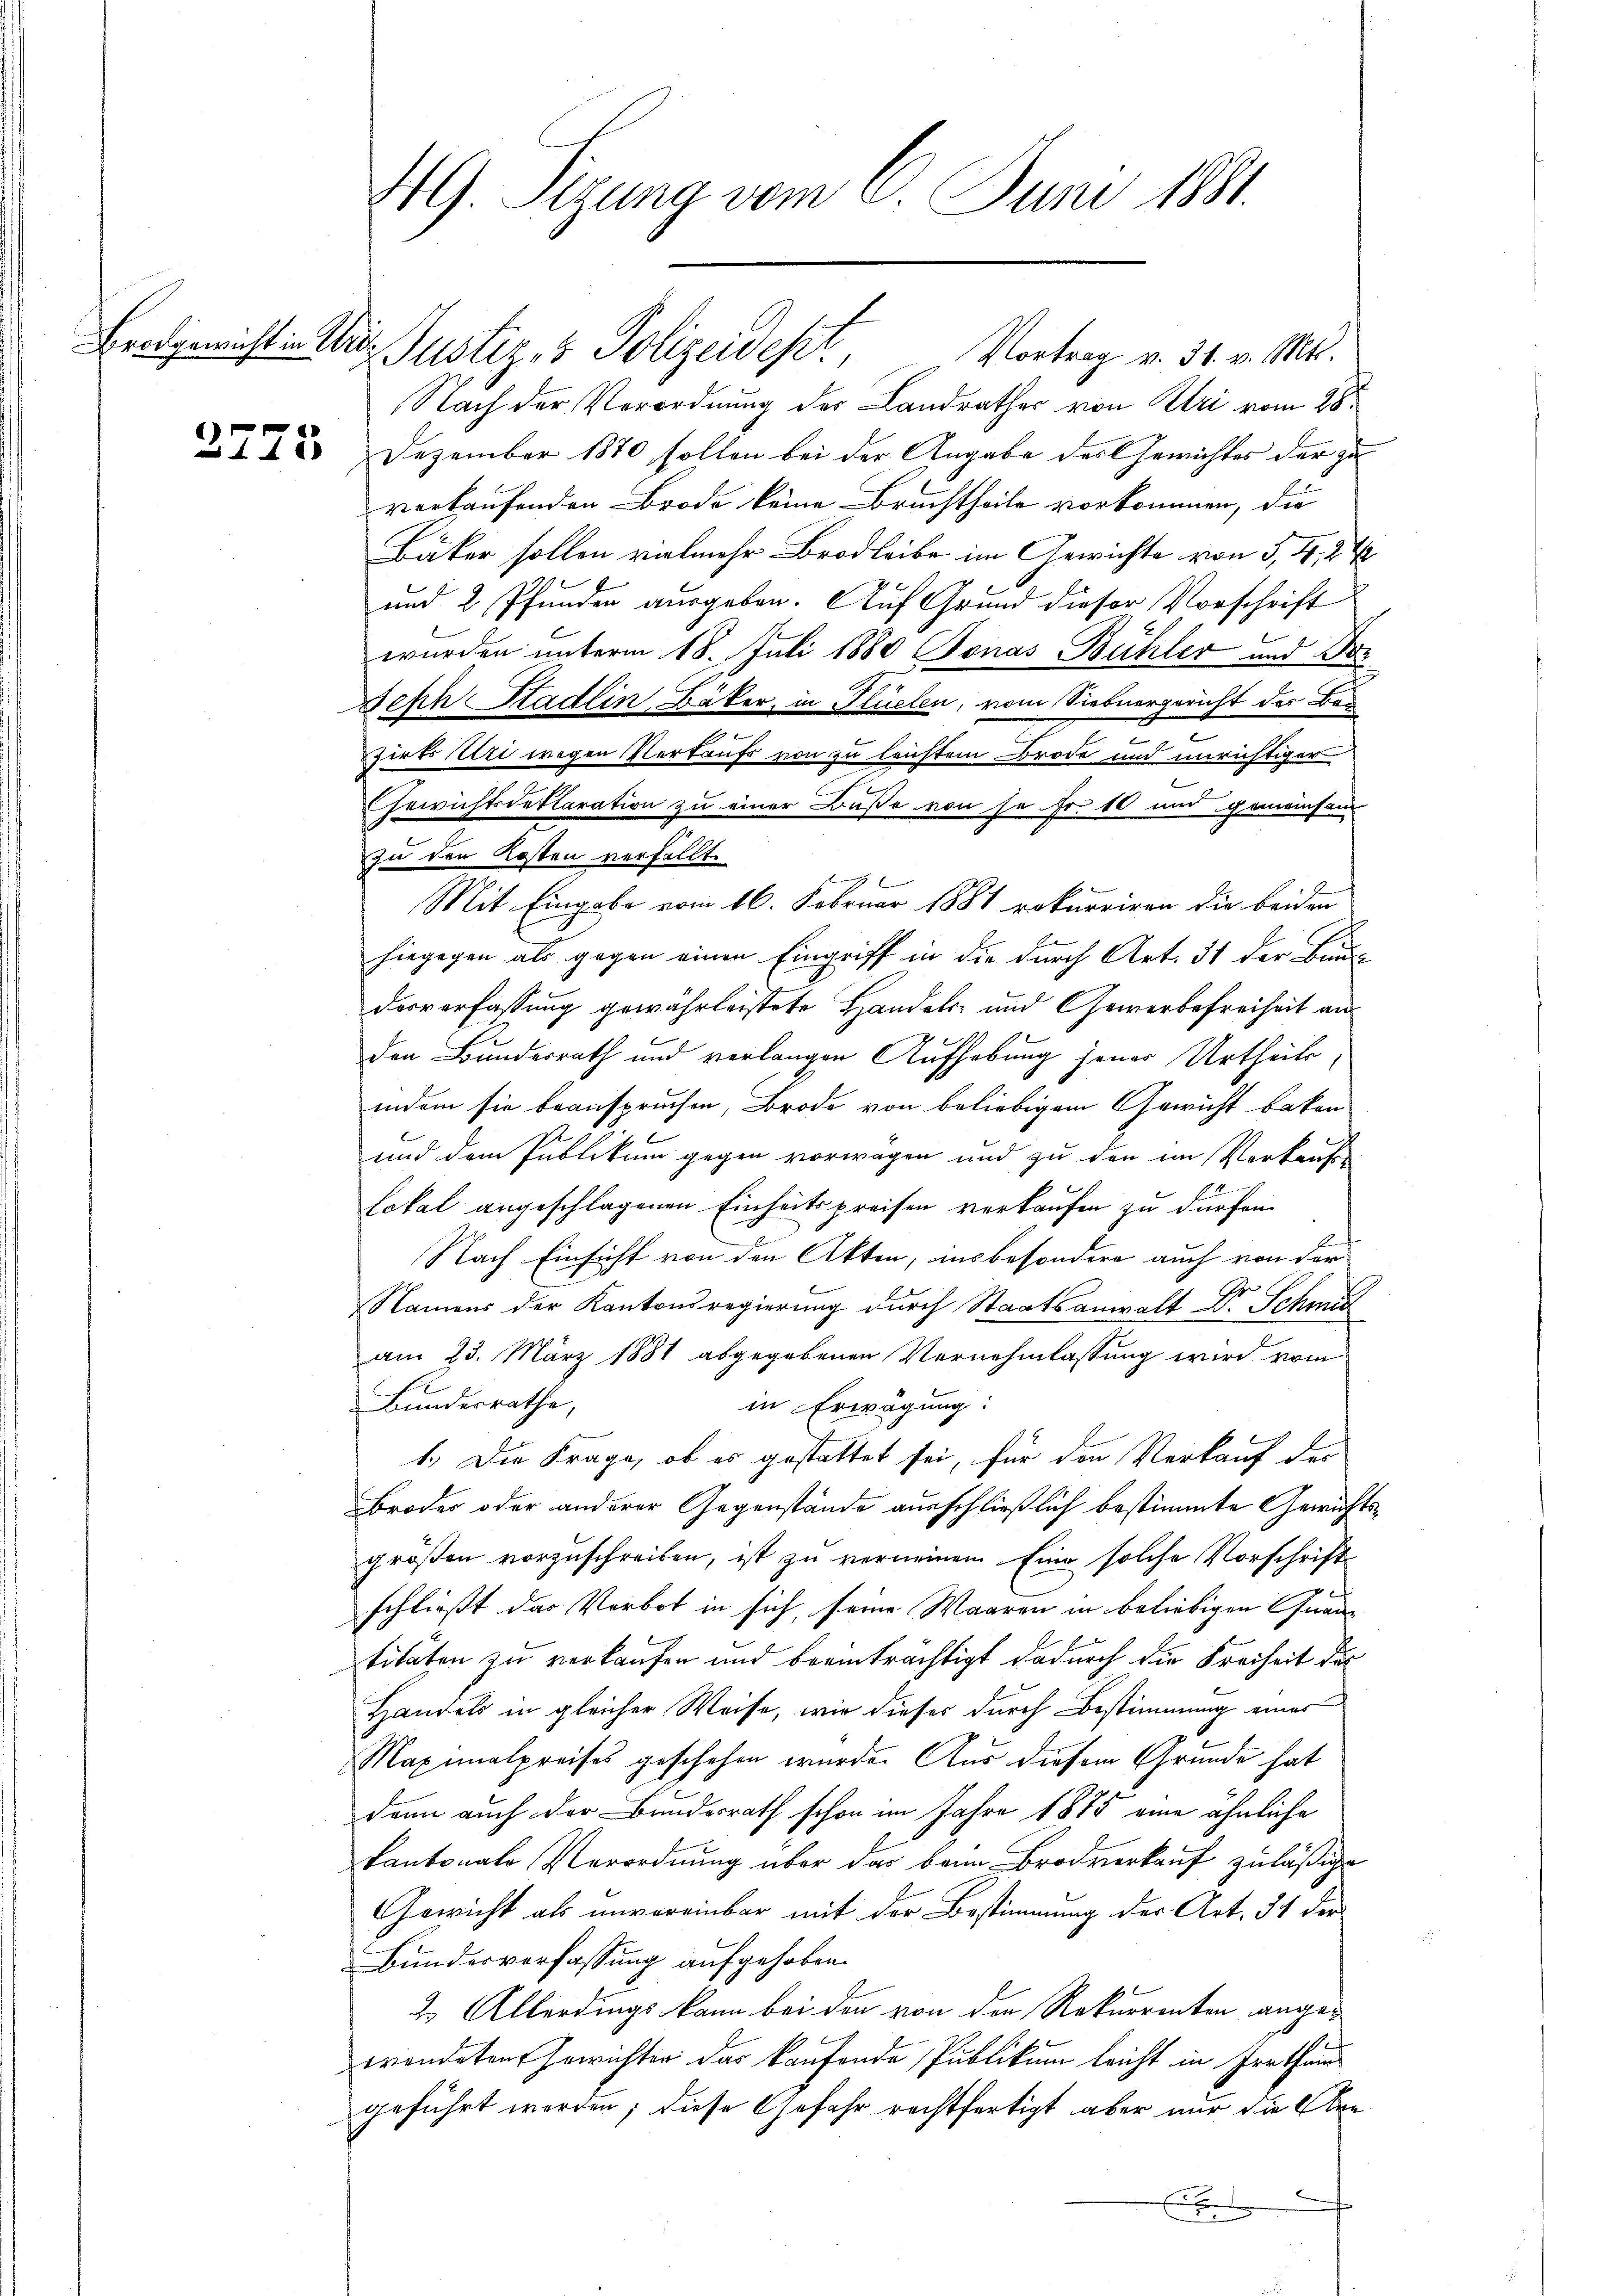
Brodgewicht in Urd¬

2775

49 Sizung vom 6. Juni 1881.

Justiz- & Polizeidest. Vortrag v. 31. v. Mts.
Nach der Verordnung des Landrathes von Uri vom 28.
Dezember 1870 sollen bei der Angabe des Gewichtes der zu
verkaufenden Brode keine Bruchtheile vorkommen, die
Bäker sollen vielmehr Brodleibe im Gewichte von 3, 4, 24
und 2 Pfunden ausgeben. Auf Grund dieser Vorschrift
wurden unterm 18. Juli 1880 Bonas Bühler und Boz
Seph Stadlin, Bäker, in Plüelen, vom Siebnergericht der Bes
.

Zirts Uri wegen Verkaufs von zu leichtem Brode und unrichtiger
.
Gewichtsdeklaration zu einer Buße von se. Fr. 10 und gemeinsam
zu den Kosten verfällt.
f
Mit Eingabe vom 16. Februar 1881 rekurriren die beiden
hiegegen als gegen einen Eingriff in die durch Art. 31 der Bauderverfassung gewährleistete Handels- und Gewerbefreiheit an
den Bundesrath und verlangen Aufhebung jener Urtheils,
indem sie beanspruchen, Brode von beliebigem Gewicht beken
und dem Publikum gegen vorwagen und zu den im Verkauflokal angeschlagenen Einheitspreisen verkaufen zu dürfen.
2
Nach Einsicht von den Akten, insbesondere auch von der
ze
Namens der Kantonsregierung durch Staatsanwalt v. Schmid
am 23. März 1881 abgegebenen Vernehmlassung wird vom
Bundesrathe,
in Erwägung:
1.) Die Frage, ob es gestattet sei, für den Verkauf der
Broder oder anderer Gegenstände ausschließlich bestimmte Gewichtsgrößen vorzuschreiben, ist zu verneinen Eine solche Vorschrift
schließt das Verbot in sich, seine Waaren in beliebigen Grautitaten zu verkaufen und beeinträchtigt dadurch die Freiheit der
Handels in gleicher Weise, wir dieses durch Bestimmung eines
Maximalpreises geschehen wurde. Aus diesem Grunde hat
dann auch der Bundesrath schon im Jahre 1875 eine ähnliche
kantonale Verordnung über das beim Brodverkauf zuläßige
Gewicht als unvereinbar mit der Bestimmung der Art. 51 der
Bundesverfassung aufgehoben.
2. Allerdings kann bei den von der Rekurrenten angewrondeten Gewichter das kaufende Publikum leicht in Irrthum
geführt worden; diese Gefahr rechtfertigt, aber nur die beb
.
E
n